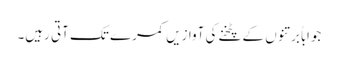
جواباً برتنوں کے پٹخنے کی آوازیں کمرے تک آتی رہیں۔